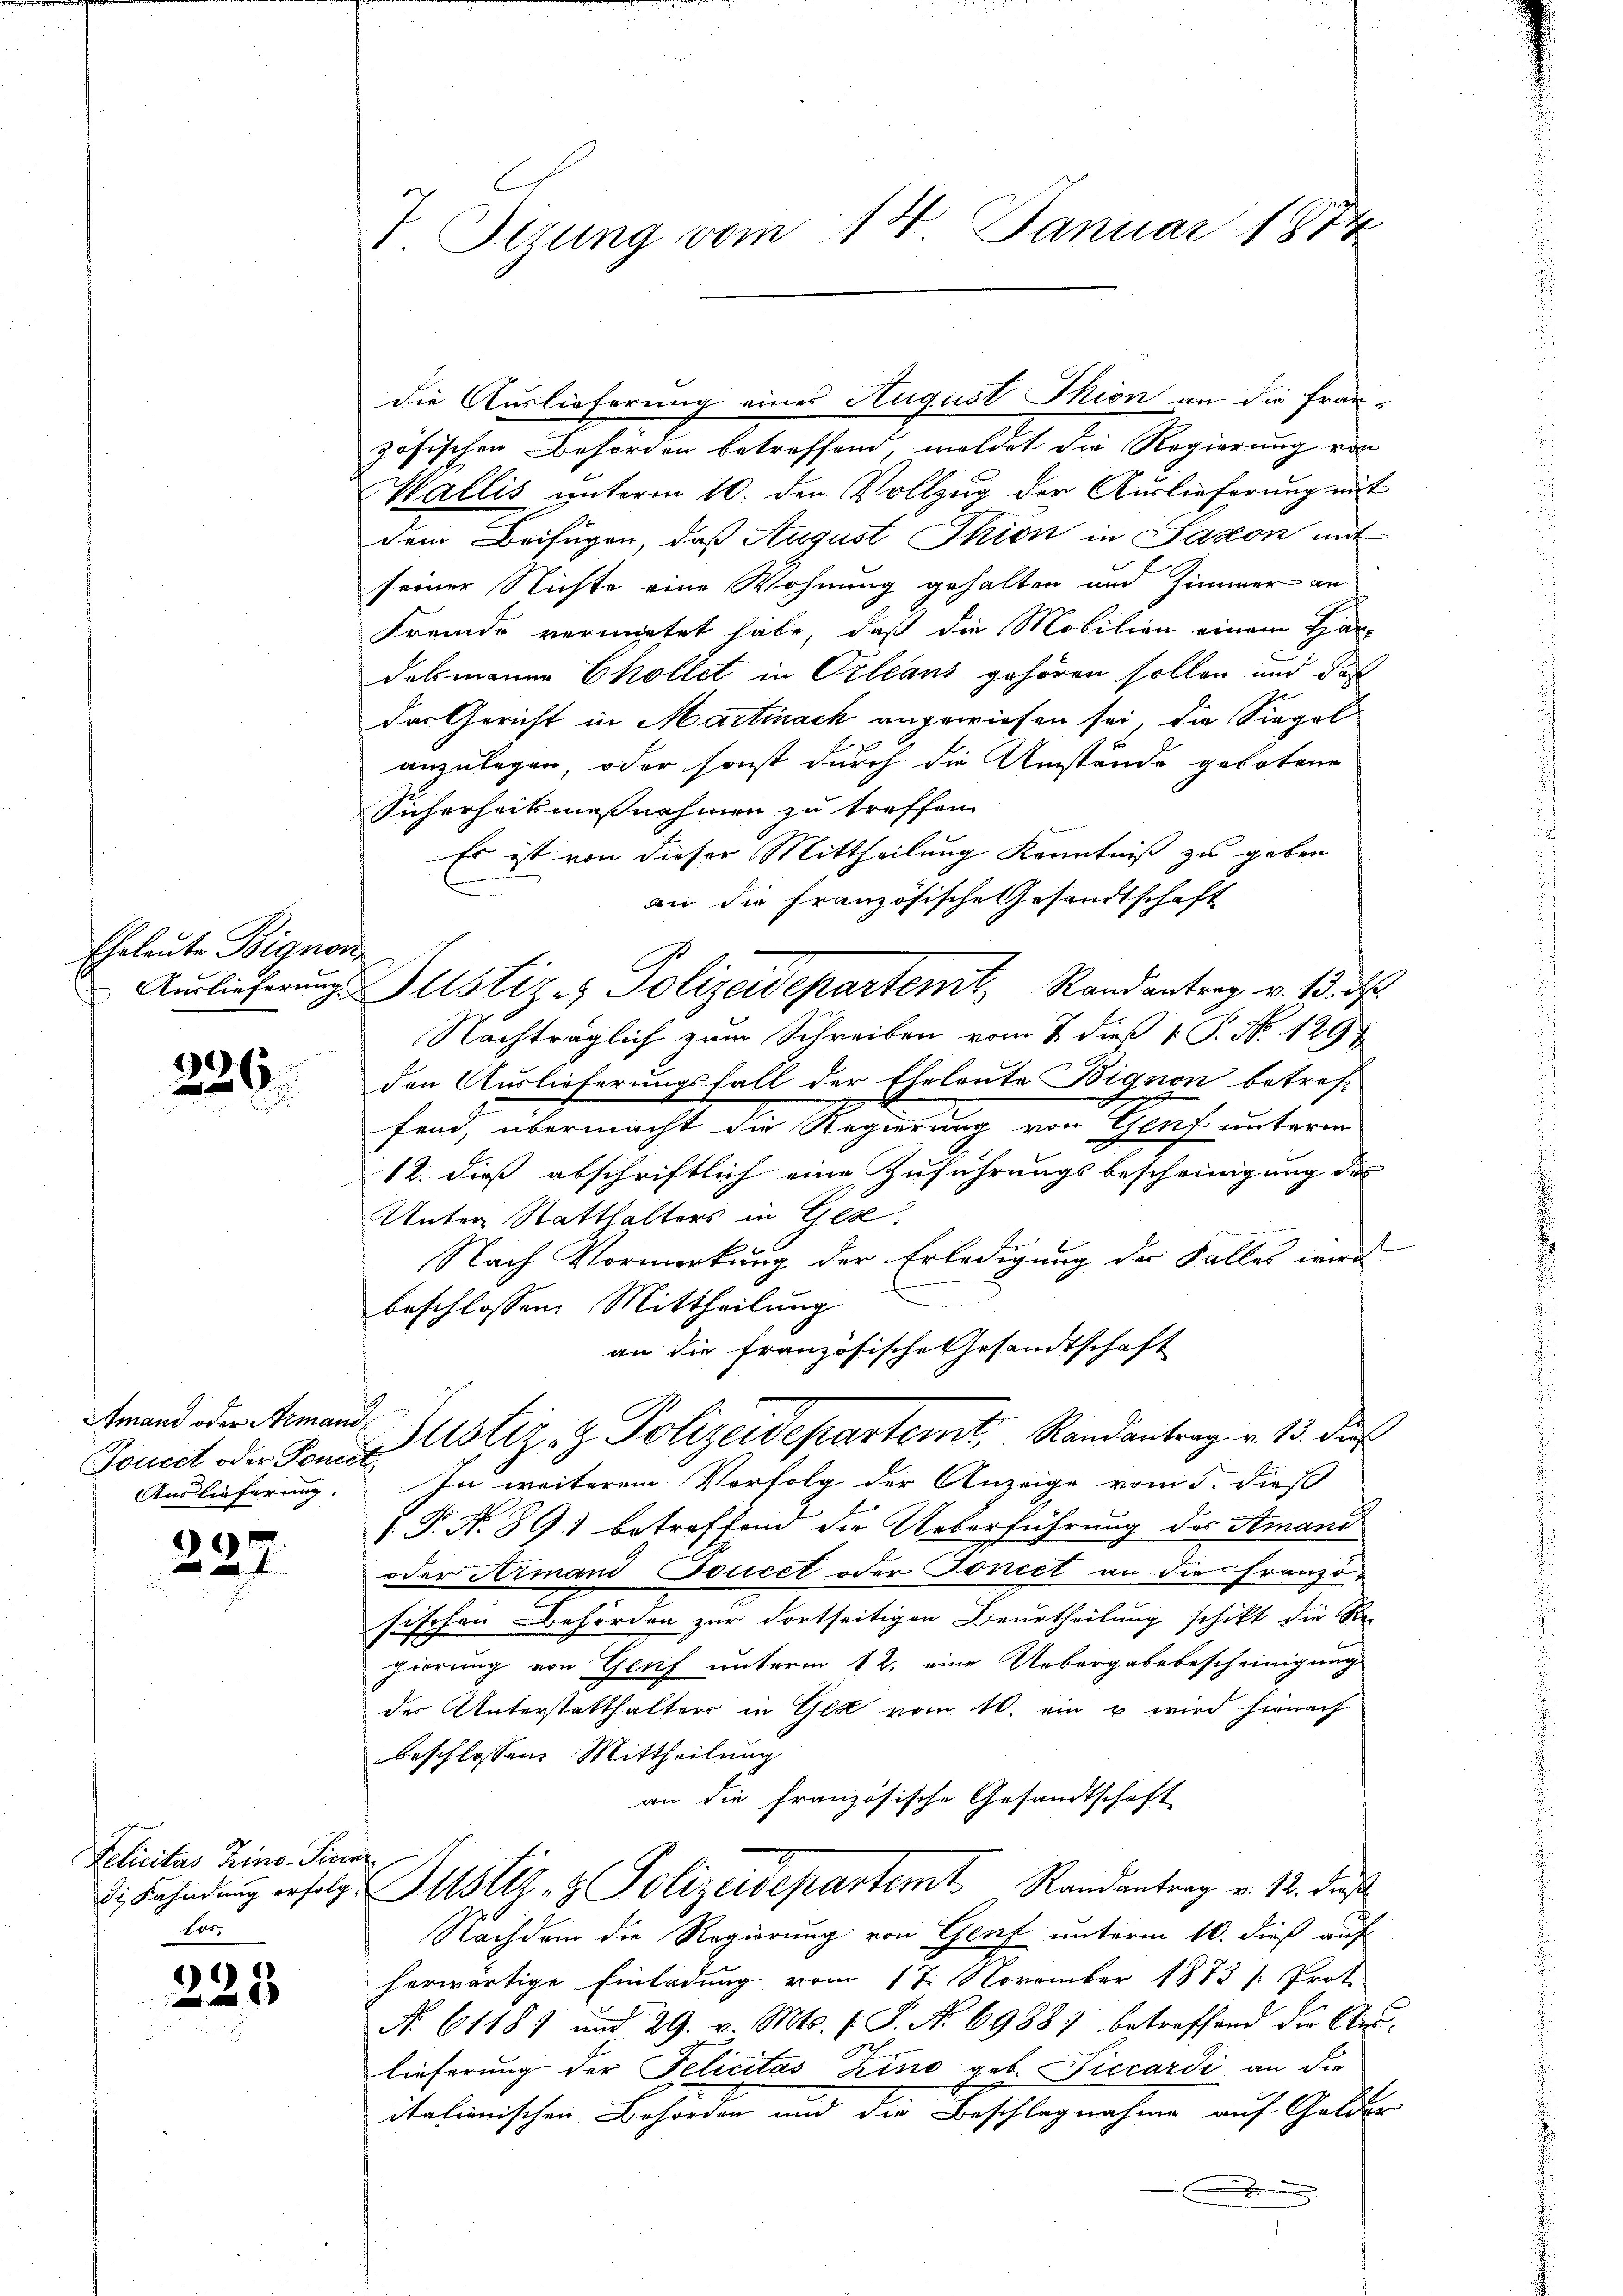
Eheleute Bignon

236.

fmand oder Semand
Auslieferung:

227

Policitas Trino Piven
tar

)
22

T. Tizung vom 14. Januar 187.

zösischen Behörden betreffend, meldet die Regierung von
Wallis unterm 10. der Vollzug der Auslieferung mit
dem Beifügen, daß August Thien in Saxon mit
seiner Nichte eine Wohnung gehalten und Zimmer an
Fremde vermietet habe, daß die Mobilien einem Handalmanne kollet in Orleans gehören sollen und das
das Gericht in Martinach angewiesen sei, die Siegel
anzulegen, oder sonst durch die Umstände gebotene
Sicherheitsmaßnahmen zu treffen
Er ist von dieser Mittheilung Kenntniß zu geben
an die Französische Gesandtschaft
Nachträglich zum Schreiben vom 2 dieß 1 P. No 1291
den Auslieferungsfall der Eheleute Bignon betreffand, übermacht die Regierung von Genf unterm
12. dieß abschriftlich eine Zuführungsbescheinigung des
Unter Statthalters in Ges.
t
Nach Vormerkung der Erledigung der Falles wir
beschlossen Mittheilung
an die französische Gesandtschaft
Foucet oder Gener Astiz- & Polizeidepartemt, Randantrag v. 13. dies
In weiterem Verfolg der Anzeige vom 5. dieß
P. N. 891 betreffend die Ueberführung des Amand
oder Armand Policet oder Joniel an die Französischen Behörden zur dortseitigen Beurtheilung schikt die Re-
gierung von Gerif unterm 12. eine Uebergabe bescheinigung
der Unterstatthalter in Ged vom 10. ein u wird hienach
beschlossen Mittheilung
an die französische Gesandtschaft
.
d. Fahndung erfolg. Justiz- & Polizeidepartemt Randantrag v. 12. dieß
Nachdem die Regierung von Genf unterm 10. dieß auf
herwärtige Einladung vom 17. November 1873 /: Prote
N. 6118) und 29. v. Mts. (T. No 6988) betreffend die Auslieferung der Felicitas Zino geb. Ficcardi an die
italienischen Behörden und die Beschlagnahme auf Gelder

Aŭlicherŭng Justiz- & Polizeidepartemt, Randantrag v. 13. ds.

die Auslieferung eines August Skion an die Frau¬